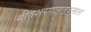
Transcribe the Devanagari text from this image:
गीतशरणागतवत्सल